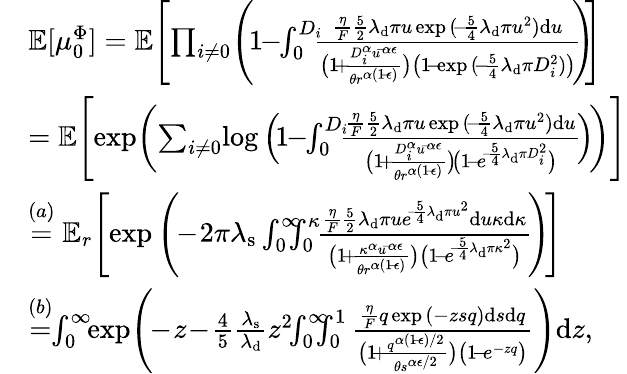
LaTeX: \begin{array}{rl}&{\mathbb{E}[\mu_{0}^{\Phi}]=\mathbb{E}\Bigg[\! \prod_{i\neq 0}\! \left(\! 1\! \! -\! \! \int_{0}^{D_{i}}\! \! \! \frac{\frac{\eta}{F}\frac{5}{2}\lambda_{\mathrm{d}}\pi u\exp{(\! -\! \frac{5}{4}\lambda_{\mathrm{d}}\pi u^{2})}\mathrm{d}u}{\big(1\! +\! \frac{D_{i}^{\alpha}u^{\! -\! \alpha\epsilon}}{\theta r^{\alpha(1\! -\! \epsilon)}}\big)\big(1\! -\! \exp{(\! -\! \frac{5}{4}\lambda_{\mathrm{d}}}\pi D_{i}^{2})\big)}\! \! \right)\! \! \Bigg]}\\ &{=\mathbb{E}\Bigg[\! \exp\! \bigg(\! \sum_{i\neq 0}\! \log\Big(\! 1\! \! -\! \! \int_{0}^{D_{i}}\! \! \! \frac{\frac{\eta}{F}\frac{5}{2}\lambda_{\mathrm{d}}\pi u\exp{(\! -\! \frac{5}{4}\lambda_{\mathrm{d}}\pi u^{2})}\mathrm{d}u}{\big(1\! +\! \frac{D_{i}^{\alpha}u^{\! -\! \alpha\epsilon}}{\theta r^{\alpha(1\! -\! \epsilon)}}\big)\! \big(1\! -\! e^{\! -\! \frac{5}{4}\lambda_{\mathrm{d}}\pi D_{i}^{2}}\big)}\! \Big)\! \bigg)\Bigg]}\\ &{\stackrel{(a)}{=}\mathbb{E}_{r}\Bigg[\! \exp{\Bigg(\! \! -\! 2\pi\lambda_{\mathrm{s}}\int_{0}^{\infty}\! \! \! \! \int_{0}^{\kappa}\! \! \frac{\frac{\eta}{F}\frac{5}{2}\lambda_{\mathrm{d}}\pi ue^{\! -\! \frac{5}{4}\lambda_{\mathrm{d}}\pi u^{2}}\mathrm{d}u\kappa\mathrm{d}\kappa}{\big(1\! +\! \frac{\kappa^{\alpha}u^{\! -\! \alpha\epsilon}}{\theta r^{\alpha(1\! -\! \epsilon)}}\big)\big(1\! -\! e^{\! -\! \frac{5}{4}\lambda_{\mathrm{d}}\pi\kappa^{2}}\big)}\! \Bigg)\! }\Bigg]}\\ &{\stackrel{(b)}{=}\! \! \int_{0}^{\infty}\! \! \exp{\! \Bigg(\! \! -\! z\! -\! \frac{4}{5}\frac{\lambda_{\mathrm{s}}}{\lambda_{\mathrm{d}}}z^{2}\! \! \int_{0}^{\infty}\! \! \! \! \int_{0}^{1}\frac{\frac{\eta}{F}q\exp{(-zsq)}\mathrm{d}s\mathrm{d}q}{\big(1\! +\! \frac{q^{\alpha(1\! -\! \epsilon)/2}}{\theta s^{\alpha\epsilon/2}}\big)\big(1\! -\! e^{-zq}\big)}\Bigg)}\mathrm{d}z,}\end{array}